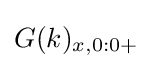
G(k)_{x,0:0+}